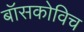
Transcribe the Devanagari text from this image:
बॉसकोविच